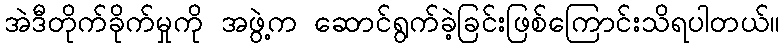
အဲဒီတိုက်ခိုက်မှုကို အဖွဲ့က ဆောင်ရွက်ခဲ့ခြင်းဖြစ်ကြောင်းသိရပါတယ်။